Indian journal of veterinary science and animal husbandry - Volumes 18-21, 1948-1951
Year: 1948
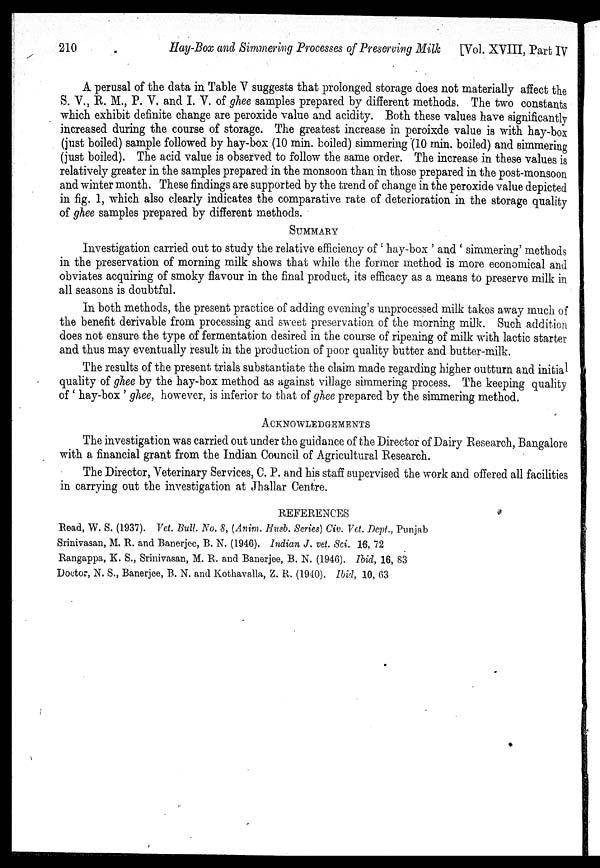
210
Hay-Box and Simmering Processes of Preserving Milk
[Vol. XVIII, Part IV
A perusal of the data in Table V suggests that prolonged storage does not materially affect the
S. V., K. M., P. V. and I. V. of ghee samples prepared by different methods. The two constants
which exhibit definite change are peroxide value and acidity. Both these values have significantly
increased during the course of storage. The greatest increase in peroixde value is with hay-box
(just boiled) sample followed by hay-box (10 min. boiled) simmering (10 min. boiled) and simmering
(just boiled). The acid value is observed to follow the same order. The increase in these values is
relatively greater in the samples prepared in the monsoon than in those prepared in the post-monsoon
and winter month. These findings are supported by the trend of change in the peroxide value depicted
in fig. 1, which also clearly indicates the comparative rate of deterioration in the storage quality
of ghee samples prepared by different methods.
SUMMARY
Investigation carried out to study the relative efficiency of ' hay-box ' and ' simmering' methods
in the preservation of morning milk shows that while the former method is more economical and
obviates acquiring of smoky flavour in the final product, its efficacy as a means to preserve milk in
all seasons is doubtful.
In both methods, the present practice of adding evening's unprocessed milk takes away much of
the benefit derivable from processing and sweet preservation of the morning milk. Such addition
does not ensure the type of fermentation desired in the course of ripening of milk with lactic starter
and thu6 may eventually result in the production of poor quality butter and butter-milk.
The results of the present trials substantiate the claim made regarding higher outturn and initial
quality of ghee by the hay-box method as against village simmering process. The keeping quality
of ' hay-box ' ghee, however, is inferior to that of ghee prepared by the simmering method.
ACKNOWLEDGEMENTS
The investigation was carried out under the guidance of the Director of Dairy Research, Bangalore
with a financial grant from the Indian Council of Agricultural Research.
The Director, Veterinary Services, C. P. and his staff supervised the work and offered all facilities
in carrying out the investigation at Jhallar Centre.
REFERENCES
Read, W. S. (1937). Vet. Bull. No. 8, (Anim. Husb. Series) Civ. Vet. Dept., Punjab
Srinivasan, M. R. and Banerjee, B. N. (1946). Indian J. vet. Sci. 16, 72
Rangappa, K. S., Srinivasan, M. R. and Banerjee, B. N. (194G). Ibid, 16, 83
Doctor, N. S., Banerjee, B. N. and Kothavalla, Z. R. (1940). Ibid, 10, 03